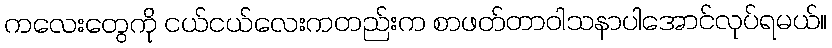
ကလေးတွေကို ငယ်ငယ်လေးကတည်းက စာဖတ်တာဝါသနာပါအောင်လုပ်ရမယ်။